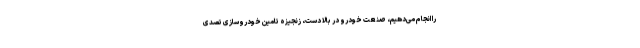
را انجام می‌دهیم، صنعت خودرو در بالا دست، زنجیزه تامین خودروسازی تصدی